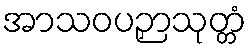
အာသဝပဉှာသုတ္တံ